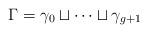
LaTeX: \begin{align*}\Gamma = \gamma_0 \sqcup \cdots \sqcup \gamma_{g+1}\end{align*}